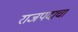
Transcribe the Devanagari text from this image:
राजपदाचा